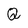
Character: Q